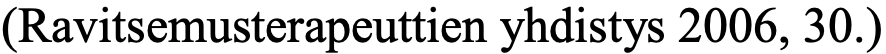
(Ravitsemusterapeuttien yhdistys 2006, 30.)